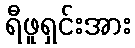
ရီဖူရှင်းအား